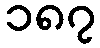
၁၈၇